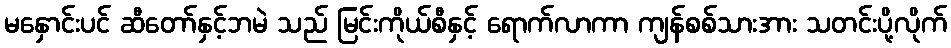
မနှောင်းပင် ဆီတော်နှင့်ဘမဲ သည် မြင်းကိုယ်စီနှင့် ရောက်လာကာ ကျန်စစ်သားအား သတင်းပို့လိုက်